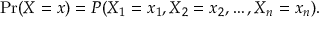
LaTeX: \operatorname* { P r } ( X = x ) = P ( X _ { 1 } = x _ { 1 } , X _ { 2 } = x _ { 2 } , \ldots , X _ { n } = x _ { n } ) .